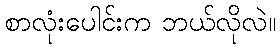
စာလုံးပေါင်းက ဘယ်လိုလဲ။